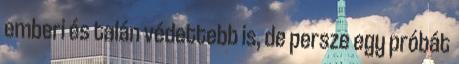
emberi és talán védettebb is, de persze egy próbát